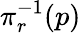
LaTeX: \pi_{r}^{-1}(p)